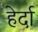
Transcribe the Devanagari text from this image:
हेर्दा